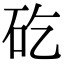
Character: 矻